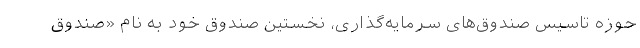
حوزه تاسیس صندوق‌های سرمایه‌گذاری، نخستین صندوق خود به نام «صندوق